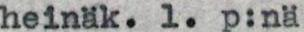
heinäk. 1. p:nä